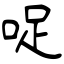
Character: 哫